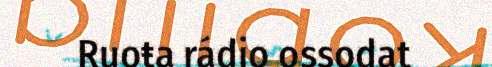
Ruoŧa rádio ossodat